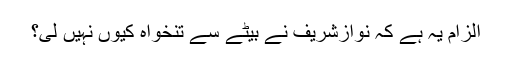
الزام یہ ہے کہ نوازشریف نے بیٹے سے تنخواہ کیوں نہیں لی؟